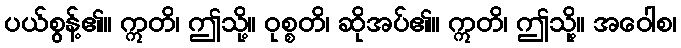
ပယ်စွန့်၏။ ဣတိ၊ ဤသို့။ ဝုစ္စတိ၊ ဆိုအပ်၏။ ဣတိ၊ ဤသို့။ အဝေါစ၊